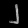
Digit: ၂